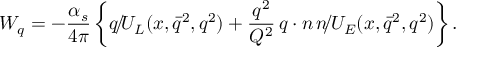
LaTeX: W _ { q } = - { \frac { \alpha _ { s } } { 4 \pi } } \left\{ \rlap { / } q \, U _ { L } ( x , \bar { q } ^ { 2 } , q ^ { 2 } ) + { \frac { q ^ { 2 } } { { \cal Q } ^ { 2 } } } \, q \cdot n \, \rlap { / } n \, U _ { E } ( x , \bar { q } ^ { 2 } , q ^ { 2 } ) \right\} .